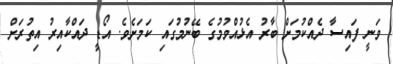
ވަނީ ފައިސާ ދެއްކުމަށް ބާރު އެޅުއްވުމުގެ ބޭނުމުގައި ކަމަށެވެ. އޯޑީ ދައްކާއިރު އިތުރަށް